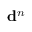
\mathbf { d } ^ { n }